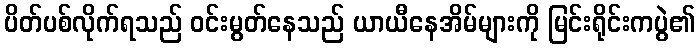
ပိတ်ပစ်လိုက်ရသည် ဝင်းမွတ်နေသည် ယာယီနေအိမ်များကို မြင်းရိုင်းကပွဲ၏